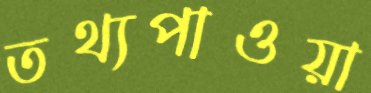
তথ্যপাওয়া